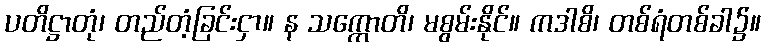
ပတိဋ္ဌာတုံ၊ တည်တံ့ခြင်းငှာ။ န သက္ကောတိ၊ မစွမ်းနိုင်။ ကဒါစိ၊ တစ်ရံတစ်ခါ၌။